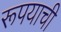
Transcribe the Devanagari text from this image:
रूपयाची